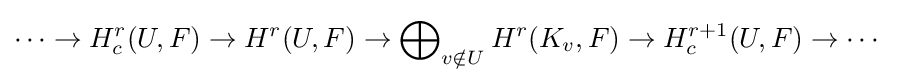
\cdots \to H_{c}^{r}(U,F)\to H^{r}(U,F)\to \bigoplus \nolimits _{v\notin U}H^{r}(K_{v},F)\to H_{c}^{r+1}(U,F)\to \cdots